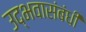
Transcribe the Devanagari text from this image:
उद्भवासंबंधी